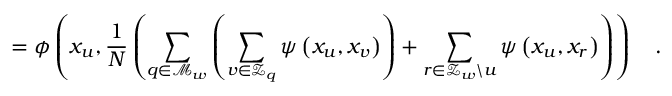
= \phi \left( x _ { u } , \frac { 1 } { N } \left( \sum _ { q \in \mathcal { M } _ { w } } \left( \sum _ { v \in \mathcal { Z } _ { q } } \psi \left( x _ { u } , x _ { v } \right) \right) + \sum _ { r \in \mathcal { Z } _ { w } \backslash u } \psi \left( x _ { u } , x _ { r } \right) \right) \right) \quad .